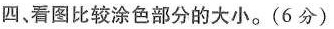
四、看图比较涂色部分的大小。(6分)